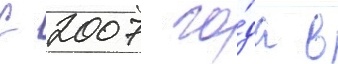
С 2007 го́да в